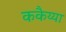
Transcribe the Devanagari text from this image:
ककैय्या